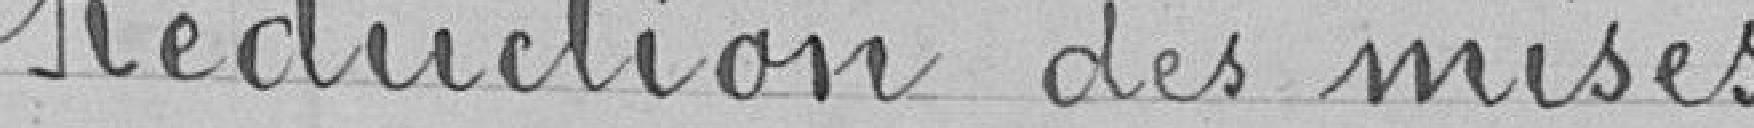
Réduction des mises